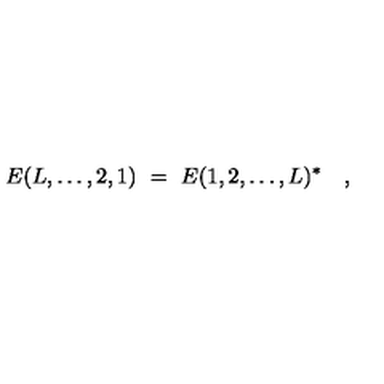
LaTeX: E ( L , \ldots , 2 , 1 ) \ = \ E ( 1 , 2 , \ldots , L ) ^ { * } \quad ,